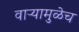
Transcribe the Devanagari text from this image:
वाऱ्यामुळेच